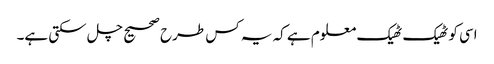
اسی کو ٹھیک ٹھیک معلوم ہے کہ یہ کس طرح صحیح چل سکتی ہے۔